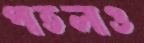
পাতলাও